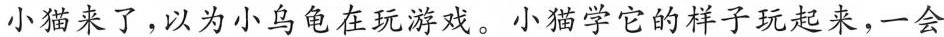
小猫来了，以为小乌龟在玩游戏。小猫学它的样子玩起来，一会